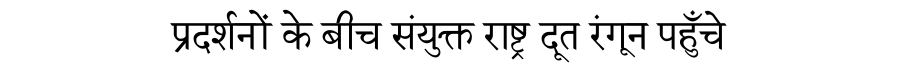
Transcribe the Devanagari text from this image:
प्रदर्शनों के बीच संयुक्त राष्ट्र दूत रंगून पहुँचे